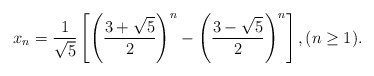
\begin{align*}x_n=\frac{1}{\sqrt{5}}\left[ \left( \frac{3+\sqrt{5}}{2}\right)^n - \left(\frac{3-\sqrt{5}}{2} \right)^n\right], (n\geq 1).\end{align*}